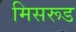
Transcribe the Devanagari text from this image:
मिसरूड